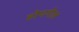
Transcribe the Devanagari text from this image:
होयगेल